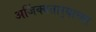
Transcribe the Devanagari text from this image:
अजिंक्यतार्‍याच्या